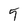
Character: 5